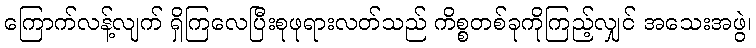
ကြောက်လန့်လျက် ရှိကြလေပြီးစုဖုရားလတ်သည် ကိစ္စတစ်ခုကိုကြည့်လျှင် အသေးအဖွဲ၊